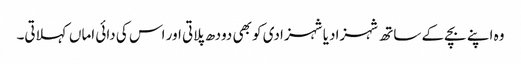
وہ اپنے بچے کے ساتھ شہزادیا شہزادی کو بھی دودھ پلاتی اور اس کی دائی اماں کہلاتی۔